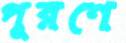
পূরণে